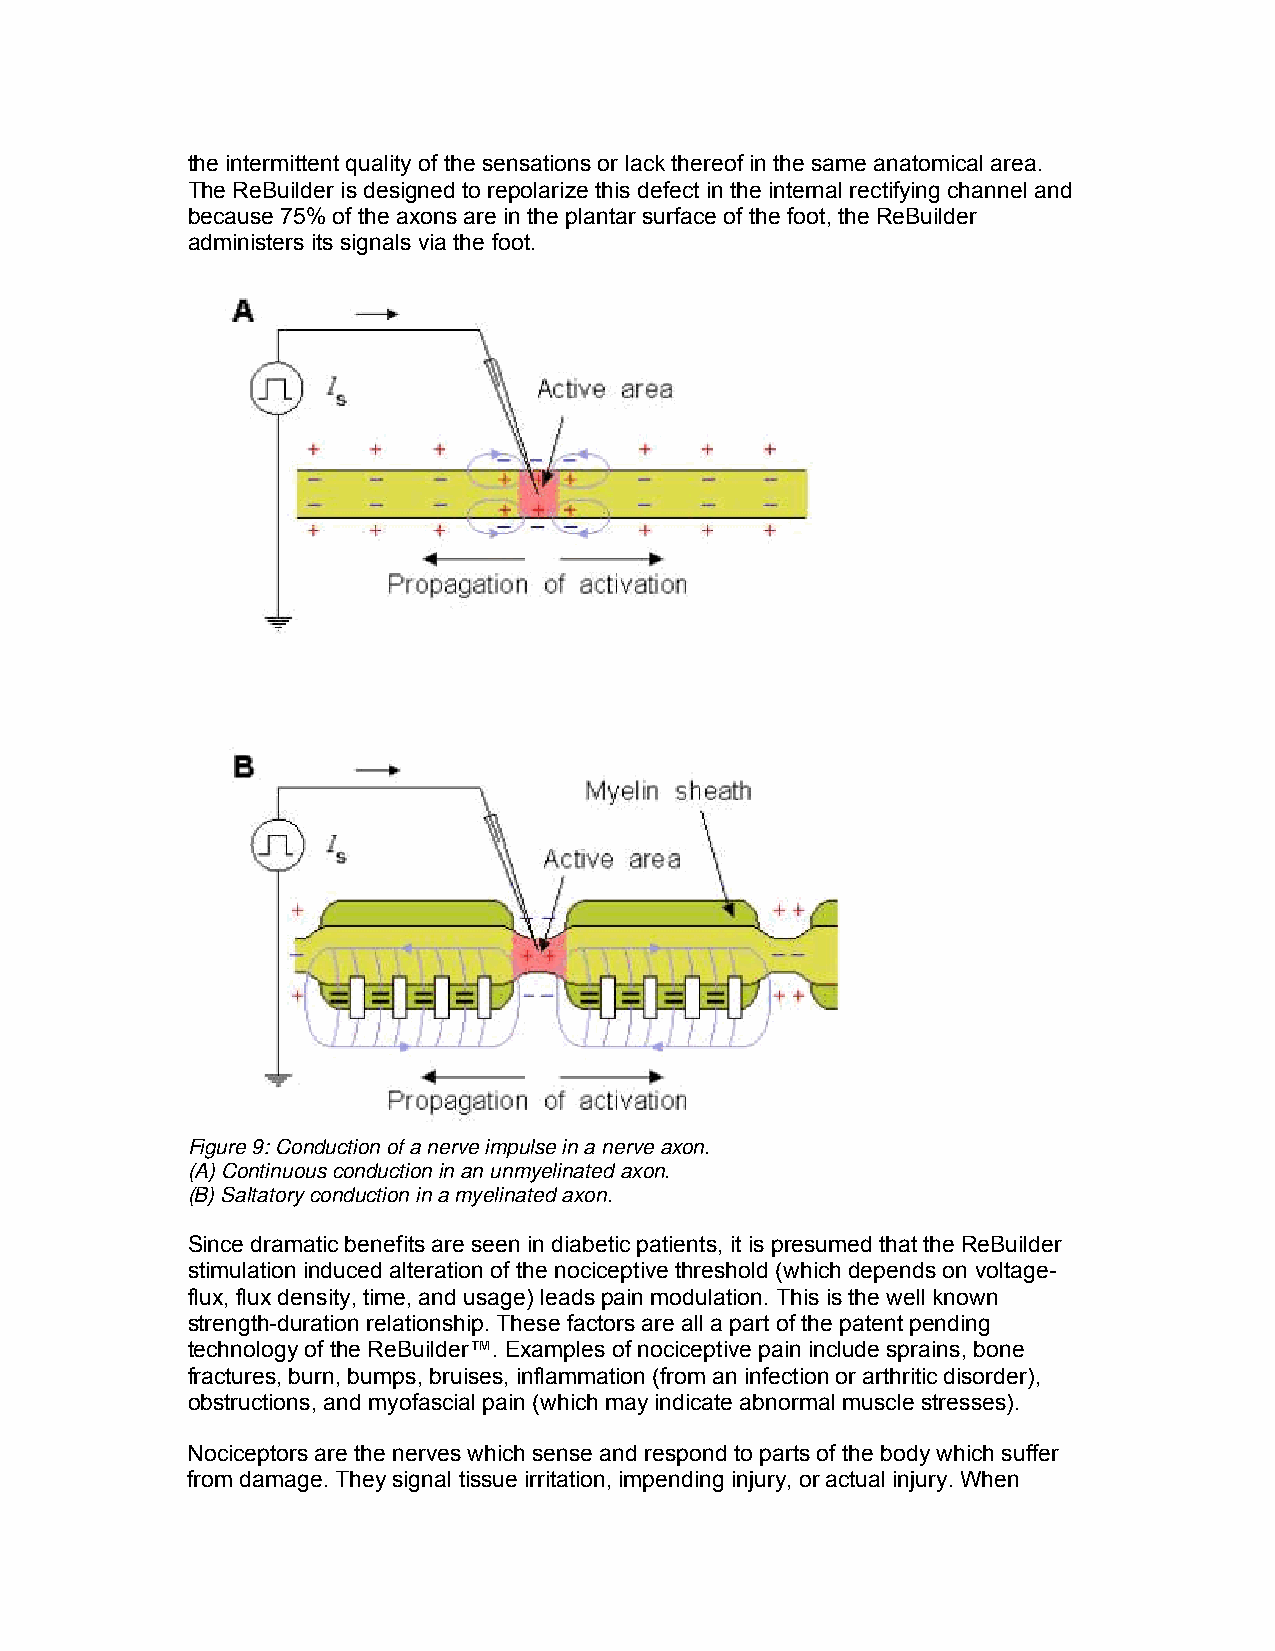
the intermittent quality of the sensations or lack thereof in the same anatomical area.
 The ReBuilder is designed to repolarize this defect in the internal rectifying channel and
 because 75% of the axons are in the plantar surface of the foot, the ReBuilder
 administers its signals via the foot.
 Figure 9: Conduction of a nerve impulse in a nerve axon.
 (A) Continuous conduction in an unmyelinated axon.
 (B) Saltatory conduction in a myelinated axon.
 Since dramatic benefits are seen in diabetic patients, it is presumed that the ReBuilder
 stimulation induced alteration of the nociceptive threshold (which depends on voltage-
 flux, flux density, time, and usage) leads pain modulation. This is the well known
 strength-duration relationship. These factors are all a part of the patent pending
 technology of the ReBuilder™. Examples of nociceptive pain include sprains, bone
 fractures, burn, bumps, bruises, inflammation (from an infection or arthritic disorder),
 obstructions, and myofascial pain (which may indicate abnormal muscle stresses).
 Nociceptors are the nerves which sense and respond to parts of the body which suffer
 from damage. They signal tissue irritation, impending injury, or actual injury. When